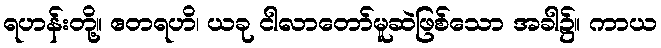
ရဟန်းတို့။ ဧတရဟိ၊ ယခု ငါလာတော်မူဆဲဖြစ်သော အခါ၌။ ကာယ